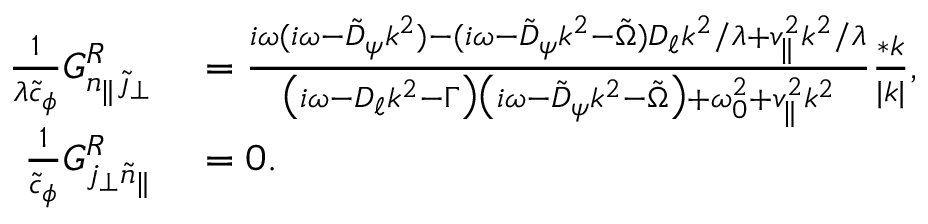
\begin{array} { r l } { \frac { 1 } { \lambda \tilde { c } _ { \phi } } G _ { n _ { \| } \tilde { \jmath } _ { \perp } } ^ { R } } & { { } = \frac { i \omega ( i \omega - \tilde { D } _ { \psi } k ^ { 2 } ) - ( i \omega - \tilde { D } _ { \psi } k ^ { 2 } - \tilde { \Omega } ) D _ { \ell } k ^ { 2 } / \lambda + v _ { \| } ^ { 2 } k ^ { 2 } / \lambda } { \big ( i \omega - D _ { \ell } k ^ { 2 } - \Gamma \big ) \big ( i \omega - \tilde { D } _ { \psi } k ^ { 2 } - \tilde { \Omega } \big ) + \omega _ { 0 } ^ { 2 } + v _ { \| } ^ { 2 } k ^ { 2 } } \frac { * k } { | k | } , } \\ { \frac { 1 } { \tilde { c } _ { \phi } } G _ { j _ { \perp } \tilde { n } _ { \| } } ^ { R } } & { { } = 0 . } \end{array}